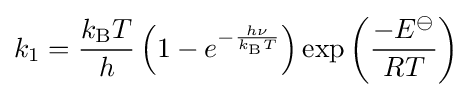
k_{1}={\frac {k_{\mathrm {B} }T}{h}}\left(1-e^{-{\frac {h\nu }{k_{\text{B}}T}}}\right)\exp \left({\frac {-E^{\ominus }}{RT}}\right)